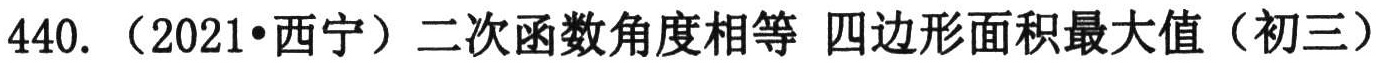
440. （2021•西宁）二次函数角度相等 四边形面积最大值（初三）